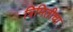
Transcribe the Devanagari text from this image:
त्रिमितीचा